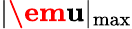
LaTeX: |\textbf{\em u}|_{\operatorname*{max}}